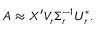
\begin{array} { r } { A \approx X ^ { \prime } V _ { r } \Sigma _ { r } ^ { - 1 } U _ { r } ^ { * } . } \end{array}